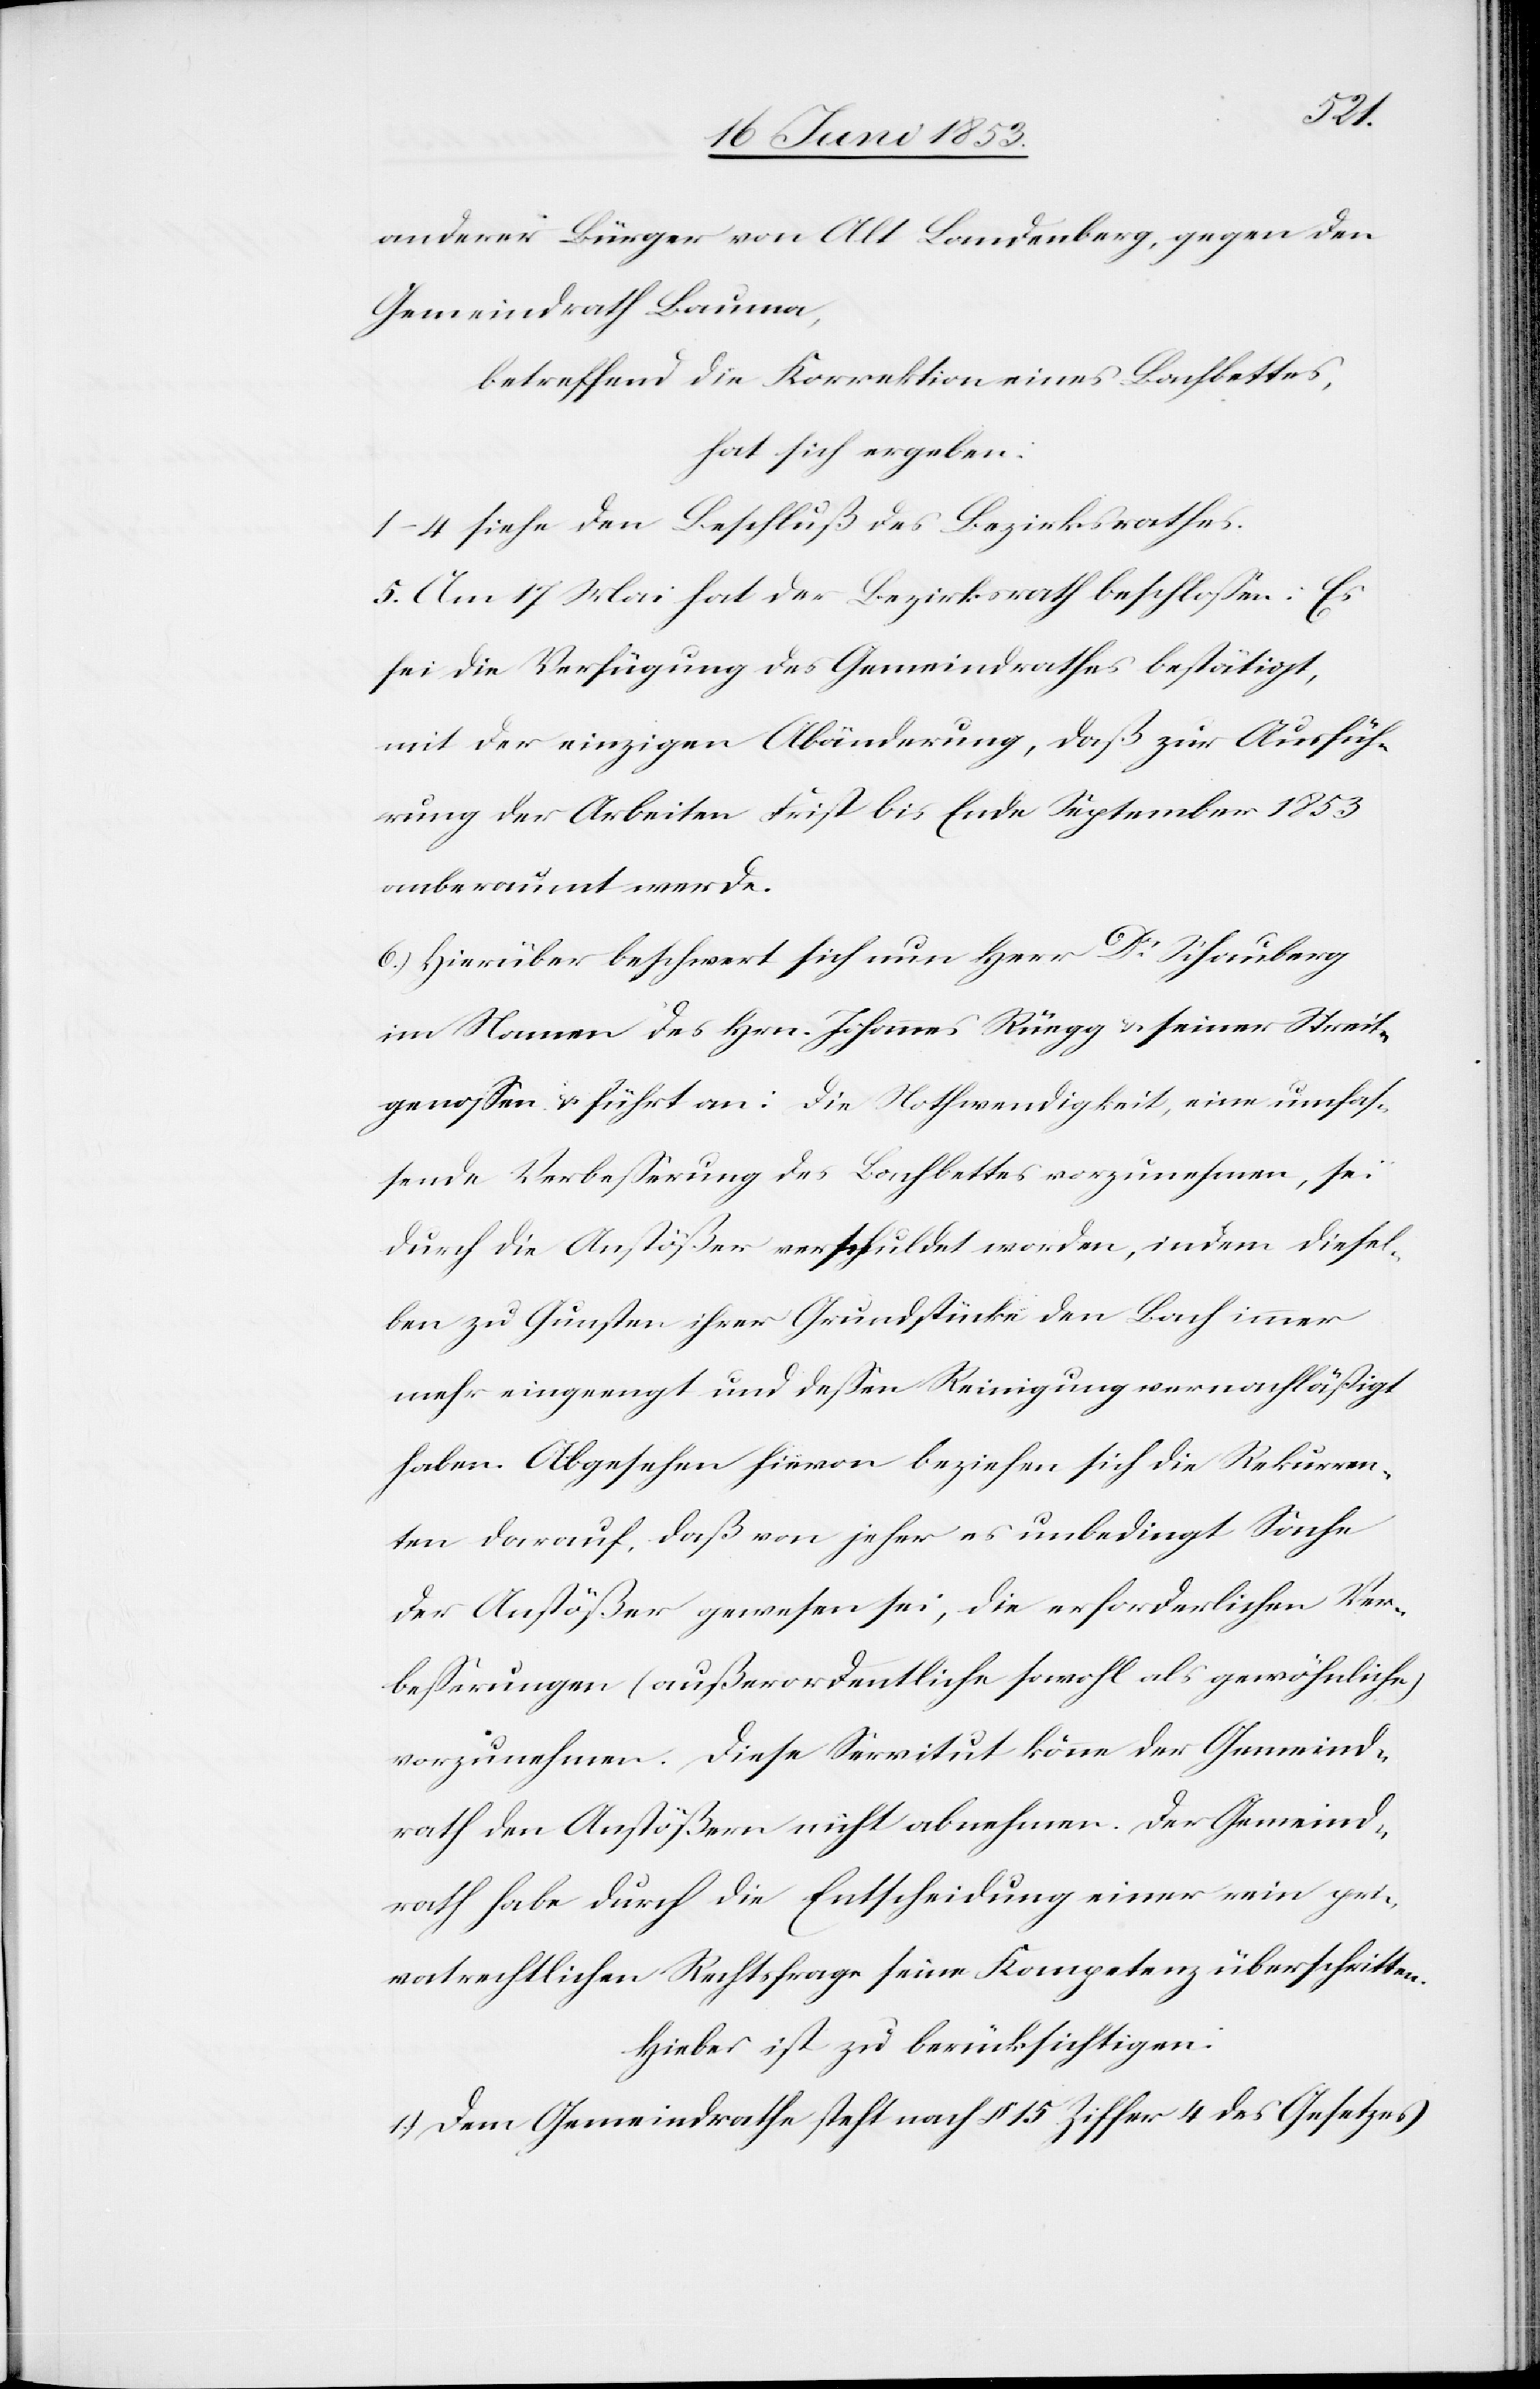
anderer Bürger von Alt Landenberg, gegen den
Gemeindrath Bauma,
betreffend die Korrektion eines Bachbettes,
hat sich ergeben:
1–4 siehe den Beschluß des Bezirksrathes.
5) Am 17 Mai hat der Bezirksrath beschloßen: Es
sei die Verfügung des Gemeindrathes bestätigt,
mit der einzigen Abänderung, daß zur Ausfüh¬
rung der Arbeiten Frist bis Ende September 1853
anberaumt wurde.
6) Hierüber beschwert sich nun Herr Dr. Schauberg
im Namen des Hrn. Johannes Rüegg u. seiner Streit¬
genoßen u. führt an: Die Nothwendigkeit, eine umfas¬
sende Verbeßerung des Bachbettes vorzunehmen, sei
durch die Anstößer verschuldet worden, indem diesel¬
ben zu Gunsten ihrer Grundstücke den Bach immer
mehr eingeengt und deßen Reinigung vernachläßigt
haben. Abgesehen hievon beziehen sich die Rekurren¬
ten darauf, daß von jeher es unbedingt Sache
der Anstößer gewesen sei, die erforderlichen Ver¬
beßerungen (außerordentliche sowohl als gewöhnliche)
vorzunehmen. Diese Servitut könne der Gemeind¬
rath den Anstößern nicht abnehmen. Der Gemeind¬
rath habe durch die Entscheidung einer rein pri¬
vatrechtlichen Rechtsfrage seine Kompetenz überschritten.
Hiebei ist zu berücksichtigen:
1) Dem Gemeindrathe steht nach § 15 Ziffer 4 des Gesetzes